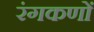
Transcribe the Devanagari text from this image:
रंगकणों